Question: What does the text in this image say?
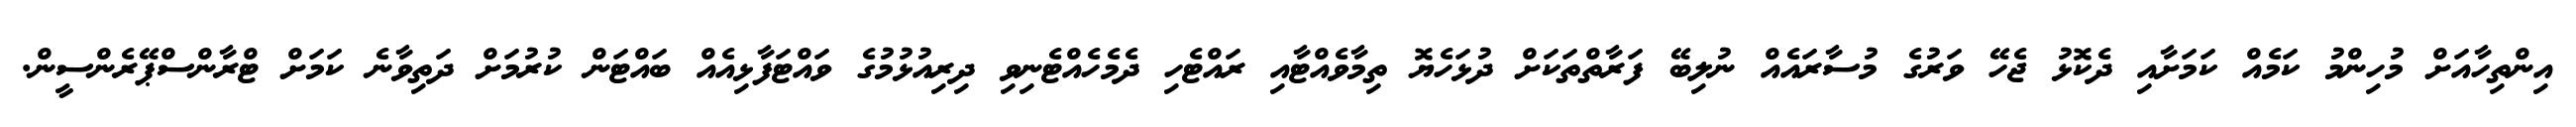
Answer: އިންތިހާއަށް މުހިންމު ކަމެއް ކަމަށާއި ދެކޮޅު ޖެހޭ ވަރުގެ މުސާރައެއް ނުލިބޭ ފަރާތްތަކަށް ދުޅަހެޔޮ ތިމާވެއްޓާއި ރައްޓެހި ދެމެހެއްޓެނިވި ދިރިއުޅުމުގެ ވައްޓަފާޅިއެއް ބައްޓަން ކުރުމަށް ދަތިވާނެ ކަމަށް ޓްރާންސްޕޭރެންސީން.